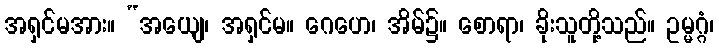
အရှင်မအား။ “အယျေ၊ အရှင်မ။ ဂေဟေ၊ အိမ်၌။ စောရာ၊ ခိုးသူတို့သည်။ ဥမ္မဂ္ဂံ၊